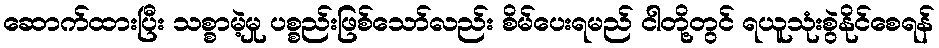
ဆောက်ထားပြီး သစ္စာမဲ့မှု ပစ္စည်းဖြစ်သော်လည်း စိမ်ပေးရမည် ငါတို့တွင် ရယူသုံးစွဲနိုင်စေရန်